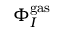
\Phi _ { I } ^ { \mathrm { g a s } }